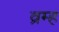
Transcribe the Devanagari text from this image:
व्रम्ह